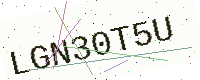
Text: LGN30T5U